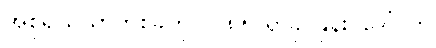
အစုရှယ်ယာတစ်ခုကို (၂.၈၅)ရာခိုင်နှုန်း၊ ဒေါ်လာ